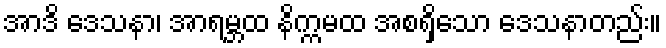
အာဒိ ဒေသနာ၊ အာရမ္ဘထ နိက္ကမထ အစရှိသော ဒေသနာတည်း။